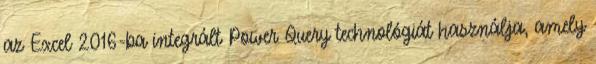
az Excel 2016-ba integrált Power Query technológiát használja, amely